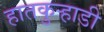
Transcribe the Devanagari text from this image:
हातकुर्‍हाडी